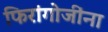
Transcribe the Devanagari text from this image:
फिरांगोजींना